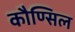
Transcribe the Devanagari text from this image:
कौण्सिल